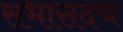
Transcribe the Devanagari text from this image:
सभासदच